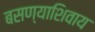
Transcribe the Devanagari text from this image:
बसण्याशिवाय